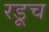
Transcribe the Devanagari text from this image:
रडूच